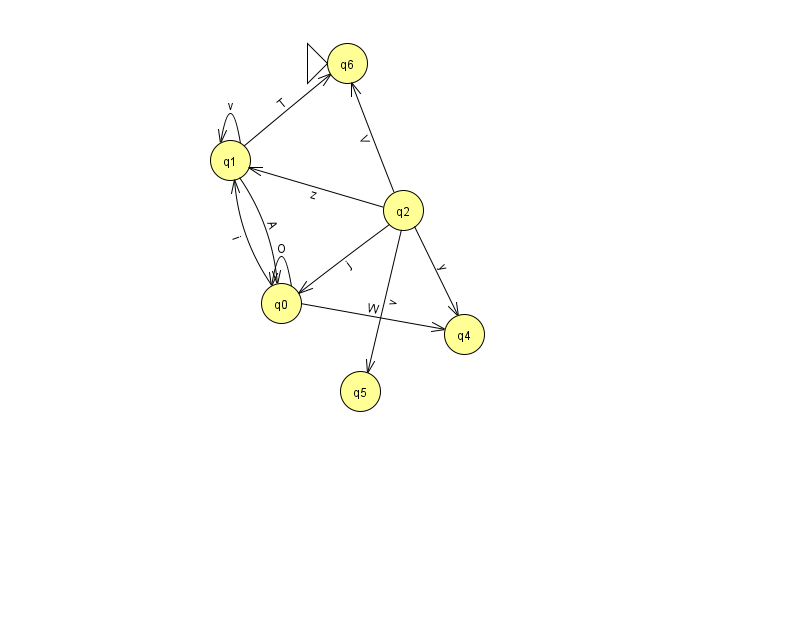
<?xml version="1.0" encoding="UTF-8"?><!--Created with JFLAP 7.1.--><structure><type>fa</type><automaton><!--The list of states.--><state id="0" name="q0"><x>281.0</x><y>290.0</y></state><state id="1" name="q1"><x>230.0</x><y>147.0</y></state><state id="2" name="q2"><x>403.0</x><y>197.0</y></state><state id="4" name="q4"><x>464.0</x><y>321.0</y></state><state id="5" name="q5"><x>360.0</x><y>378.0</y></state><state id="6" name="q6"><x>347.0</x><y>50.0</y><initial/></state><!--The list of transitions.--><transition><from>0</from><to>4</to><read>W</read></transition><transition><from>2</from><to>1</to><read>z</read></transition><transition><from>1</from><to>6</to><read>T</read></transition><transition><from>0</from><to>1</to><read>i</read></transition><transition><from>1</from><to>1</to><read>v</read></transition><transition><from>2</from><to>5</to><read>v</read></transition><transition><from>2</from><to>4</to><read>y</read></transition><transition><from>2</from><to>0</to><read>j</read></transition><transition><from>1</from><to>0</to><read>A</read></transition><transition><from>0</from><to>0</to><read>O</read></transition><transition><from>2</from><to>6</to><read>V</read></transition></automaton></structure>